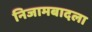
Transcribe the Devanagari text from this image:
निजामबादला